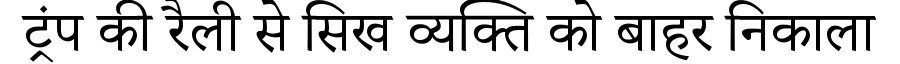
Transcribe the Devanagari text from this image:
ट्रंप की रैली से सिख व्यक्ति को बाहर निकाला